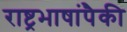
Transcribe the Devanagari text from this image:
राष्ट्रभाषांपैकी